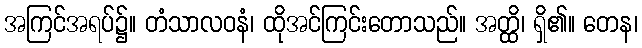
အကြင်အရပ်၌။ တံသာလဝနံ၊ ထိုအင်ကြင်းတောသည်။ အတ္ထိ၊ ရှိ၏။ တေန၊